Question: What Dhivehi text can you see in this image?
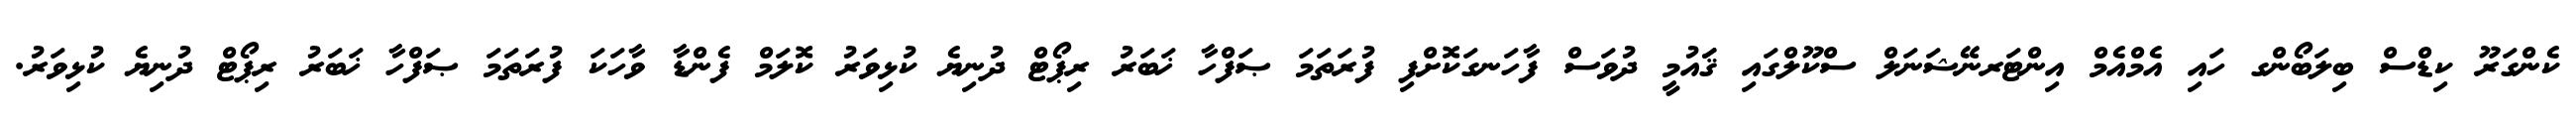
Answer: ކެންގަރޫ ކިޑްސް ބިލަބޯންގ ހައި އެމްއެމް އިންޓަރނޭޝަނަލް ސްކޫލްގައި ޤަައުމީ ދުވަސް ފާހަނގަކޮށްފި ފުރަތަމަ ޞަފްހާ ޚަބަރު ރިޕޯޓް ދުނިޔެ ކުޅިވަރު ކޮލަމް ފެންޑާ ވާހަކަ ފުރަތަމަ ޞަފްހާ ޚަބަރު ރިޕޯޓް ދުނިޔެ ކުޅިވަރު.